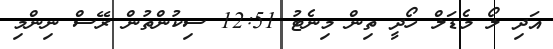
އަދި ލޯ މެޑަލް ހޯދީ ތިން މިނެޓު 12:51 ސިކުންތުން ރޭސް ނިންމި